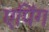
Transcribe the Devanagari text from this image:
एपिंग